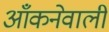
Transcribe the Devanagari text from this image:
आँकनेवाली